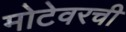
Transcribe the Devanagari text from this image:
मोटेवरची